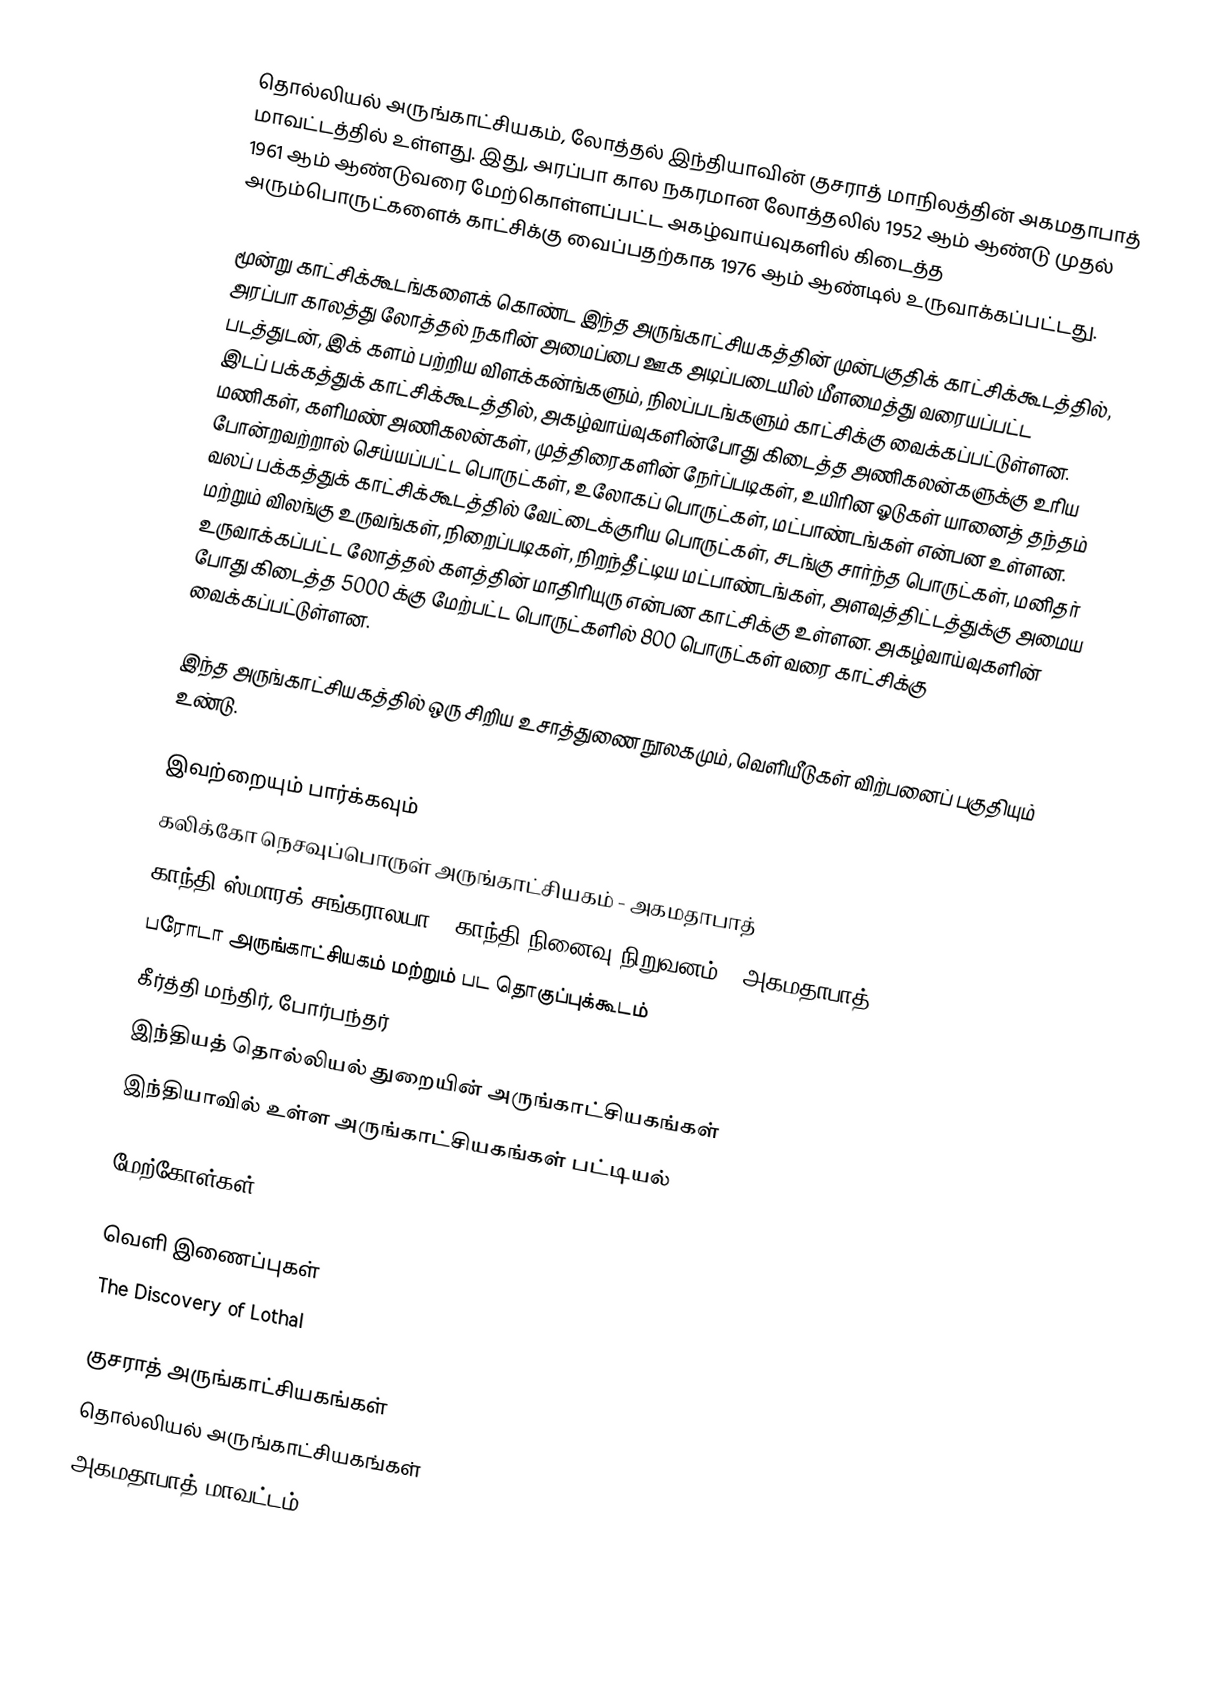
தொல்லியல் அருங்காட்சியகம், லோத்தல் இந்தியாவின் குசராத் மாநிலத்தின் அகமதாபாத் மாவட்டத்தில் உள்ளது. இது, அரப்பா கால நகரமான லோத்தலில் 1952 ஆம் ஆண்டு முதல் 1961 ஆம் ஆண்டுவரை மேற்கொள்ளப்பட்ட அகழ்வாய்வுகளில் கிடைத்த அரும்பொருட்களைக் காட்சிக்கு வைப்பதற்காக 1976 ஆம் ஆண்டில் உருவாக்கப்பட்டது.

மூன்று காட்சிக்கூடங்களைக் கொண்ட இந்த அருங்காட்சியகத்தின் முன்பகுதிக் காட்சிக்கூடத்தில், அரப்பா காலத்து லோத்தல் நகரின் அமைப்பை ஊக அடிப்படையில் மீளமைத்து வரையப்பட்ட படத்துடன், இக் களம் பற்றிய விளக்கன்ங்களும், நிலப்படங்களும் காட்சிக்கு வைக்கப்பட்டுள்ளன. இடப் பக்கத்துக் காட்சிக்கூடத்தில், அகழ்வாய்வுகளின்போது கிடைத்த அணிகலன்களுக்கு உரிய மணிகள், களிமண் அணிகலன்கள், முத்திரைகளின் நேர்ப்படிகள், உயிரின ஓடுகள் யானைத் தந்தம் போன்றவற்றால் செய்யப்பட்ட பொருட்கள், உலோகப் பொருட்கள், மட்பாண்டங்கள் என்பன உள்ளன. வலப் பக்கத்துக் காட்சிக்கூடத்தில் வேட்டைக்குரிய பொருட்கள், சடங்கு சார்ந்த பொருட்கள், மனிதர் மற்றும் விலங்கு உருவங்கள், நிறைப்படிகள், நிறந்தீட்டிய மட்பாண்டங்கள், அளவுத்திட்டத்துக்கு அமைய உருவாக்கப்பட்ட லோத்தல் களத்தின் மாதிரியுரு என்பன காட்சிக்கு உள்ளன. அகழ்வாய்வுகளின் போது கிடைத்த 5000 க்கு மேற்பட்ட பொருட்களில் 800 பொருட்கள் வரை காட்சிக்கு வைக்கப்பட்டுள்ளன.

இந்த அருங்காட்சியகத்தில் ஒரு சிறிய உசாத்துணை நூலகமும், வெளியீடுகள் விற்பனைப் பகுதியும் உண்டு.

இவற்றையும் பார்க்கவும்
 கலிக்கோ நெசவுப்பொருள் அருங்காட்சியகம் - அகமதாபாத்
 காந்தி ஸ்மாரக் சங்கராலயா ( காந்தி நினைவு நிறுவனம்), அகமதாபாத்
 பரோடா அருங்காட்சியகம் மற்றும் பட தொகுப்புக்கூடம்
 கீர்த்தி மந்திர், போர்பந்தர்
 இந்தியத் தொல்லியல் துறையின் அருங்காட்சியகங்கள்
 இந்தியாவில் உள்ள அருங்காட்சியகங்கள் பட்டியல்

மேற்கோள்கள்

வெளி இணைப்புகள்
The Discovery of Lothal

குசராத் அருங்காட்சியகங்கள்
தொல்லியல் அருங்காட்சியகங்கள்
அகமதாபாத் மாவட்டம்